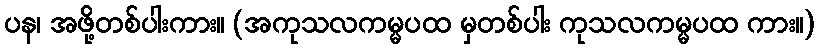
ပန၊ အဖို့တစ်ပါးကား။ (အကုသလကမ္မပထ မှတစ်ပါး ကုသလကမ္မပထ ကား။)